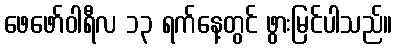
ဖေဖော်ဝါရီလ ၁၃ ရက်နေ့တွင် ဖွားမြင်ပါသည်။